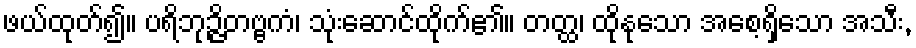
ဖယ်ထုတ်၍။ ပရိဘုဉ္ဇိတဗ္ဗကံ၊ သုံးဆောင်ထိုက်၏။ တတ္ထ၊ ထိုနုသော အစေ့ရှိသော အသီး,